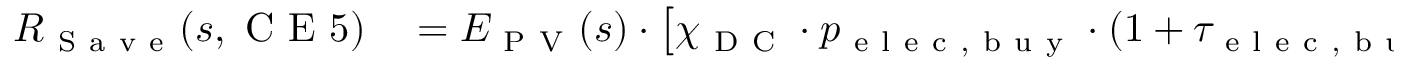
\begin{array} { r l } { R _ { \mathrm { ~ S ~ a ~ v ~ e ~ } } ( s , \mathrm { ~ C ~ E ~ } 5 ) } & { { } = E _ { \mathrm { ~ P ~ V ~ } } ( s ) \cdot \left[ \chi _ { \mathrm { ~ D ~ C ~ } } \cdot p _ { \mathrm { ~ e ~ l ~ e ~ c ~ } , \mathrm { ~ b ~ u ~ y ~ } } \cdot ( 1 + \tau _ { \mathrm { ~ e ~ l ~ e ~ c ~ } , \mathrm { ~ b ~ u ~ y ~ } } ) ^ { s - t - 1 } \right. } \end{array}